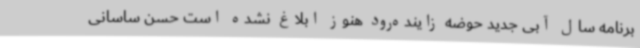
برنامه سال آبی جدید حوضه زاینده‌رود هنوز ابلاغ نشده است حسن ساسانی